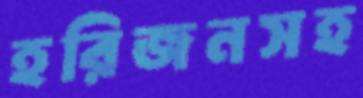
হরিজনসহ